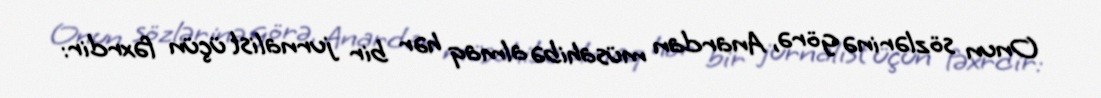
Onun sözlərinə görə, Anardan müsahibə almaq hər bir jurnalist üçün fəxrdir: